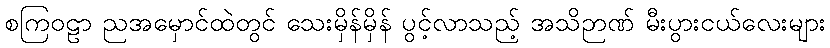
စကြဝဠာ ညအမှောင်ထဲတွင် သေးမှိန်မှိန် ပွင့်လာသည့် အသိဉာဏ် မီးပွားငယ်လေးများ